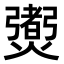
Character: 𤑨